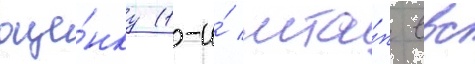
оце́нку (1-и́ мта́п ввс